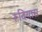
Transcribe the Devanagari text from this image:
रूदियास